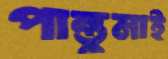
পান্তুমাই